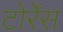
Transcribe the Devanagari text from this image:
टोर्रेंस